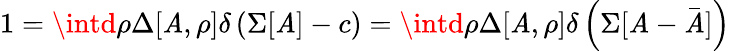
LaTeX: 1=\intd\rho\Delta[\mathit{A},\rho]\delta\left(\Sigma[\mathit{A}]-c\right)=\intd\rho\Delta[\mathit{A},\rho]\delta\left(\Sigma[\mathit{A}-\bar{{\mathit{A}}}]\right)